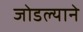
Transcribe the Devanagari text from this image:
जोडल्याने